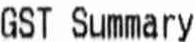
GST SUMMARY